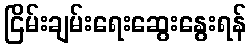
ငြိမ်းချမ်းရေးဆွေးနွေးရန်